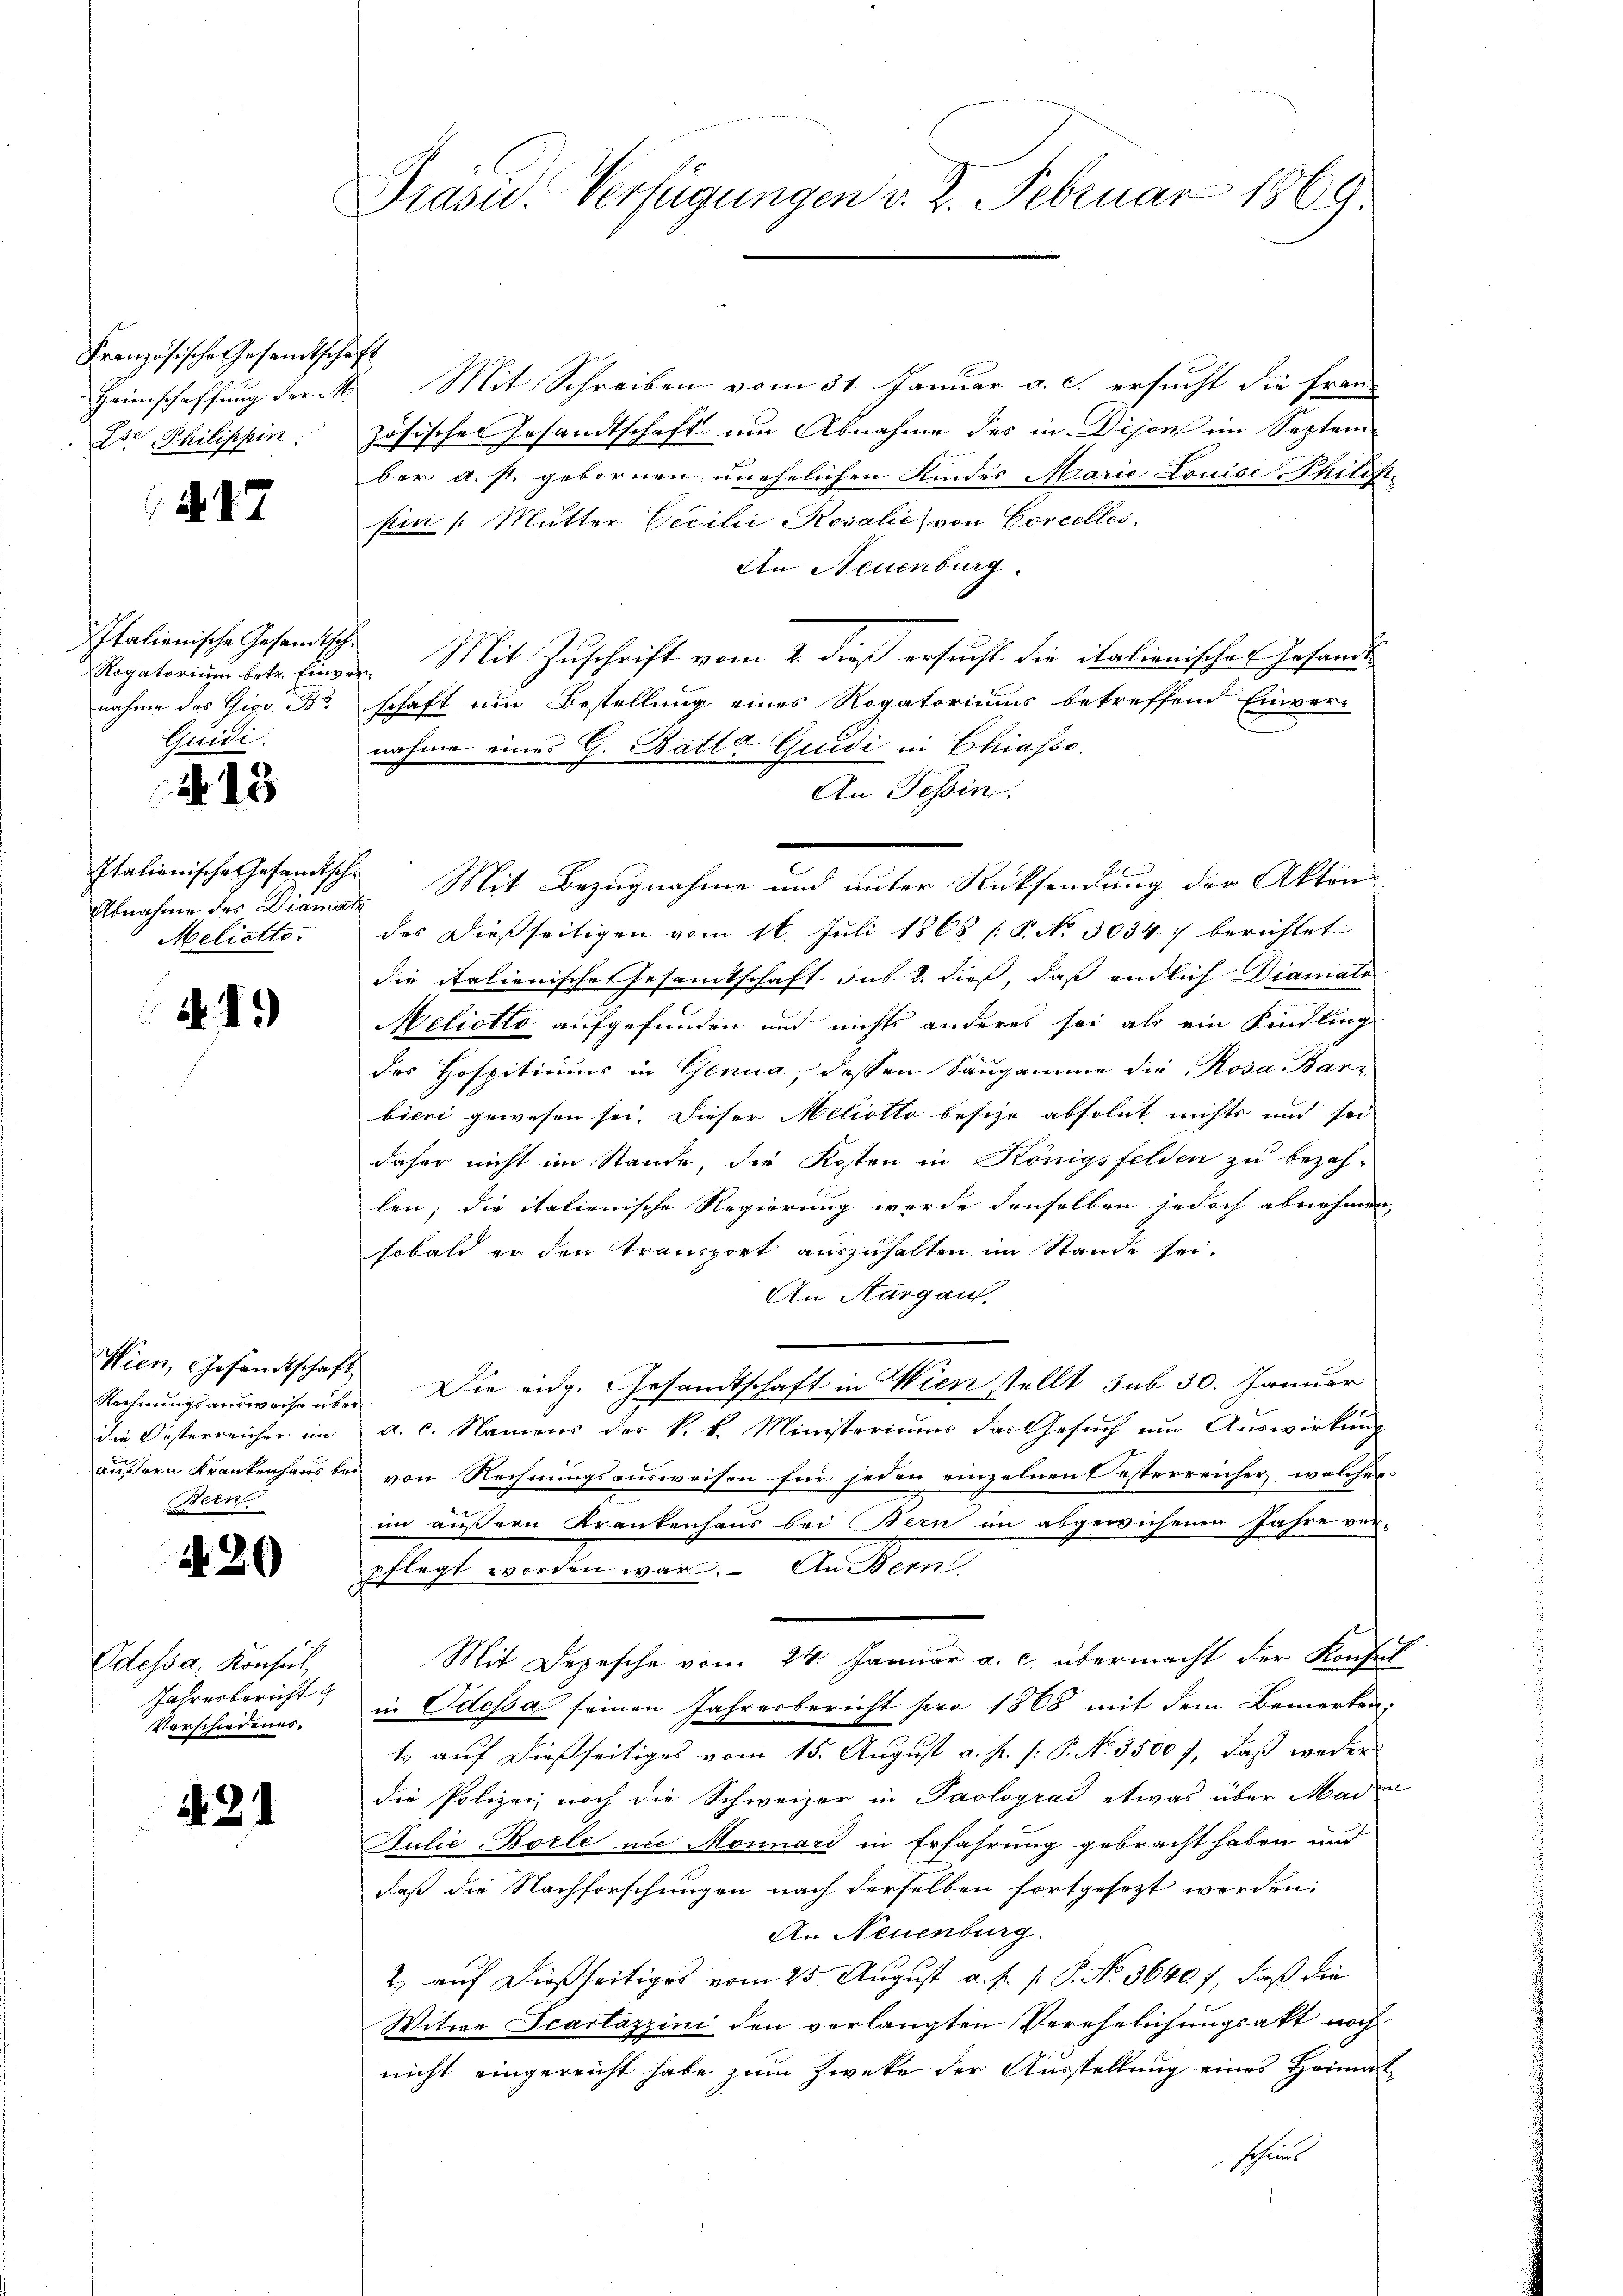
Französische Gesandtschaft

d. 27

Italienische Gesandtsche
nahme des Gior.
Quidi.

13

Abnahme des Diamat
Meliotts.

1.)

Wien, Gesandtschaft
die Oesterreicher im
Bern

N 20

Odessa, Konsul
Jahresbericht
Vorschiedenes,

21

Präsid.. Verfügungen v. 2. Februar 1869.

Heimschaffung der M. Mit Schreiben vom 31. Januar a. c. ersucht die Fran-
Z. Philippin. zösischen Ersandtschaft um Abnahme des in Dijon im Septem-
ber a. s. gebornen unehelichen Kinder Marie Louise Philist
sien /: Mutter Cicilie Rosalie von Corcelles,
An Neuenburg.
Rogatorium betr. Einger. Mit Zuschrift vom 2. Dieß ersucht die italienischer Instande
schaft um Bestellung eines Rogatoriums betreffend Einver-
nahme eines G. Batta Quidi in Chiasse.
An Tessin,
Italienische Gesandtsche Mit Bezugnahme und unter Rücksendung der Akten
des dießseitigen vom 16. Juli 1868 / P. No. 3034. / berichtet
die italienisches Gesamtschaft sub 2. dieß, daß endlich Diamato
Meliotto aufgefunden und nichts anderes sei als ein Kindling
des Hospitiums in Genua, dessen Säugamme die Rosa Barbieri gewesen sei. Dieser Meliotto besche absolut nichts und sei
daher nicht im Stande, die Kosten in Königsfelden zu bezah-
len; die italienische Regierung werde denselben jedoch abnehmen,
sobald er den Transport auszuhalten im Stande sei.
An Aargau.
Rechnŭngsausweise über Die eidg. Gesandtschaft in Wien stellt sub 30. Januar
a. c. Namens des k. k. Ministeriums das Gesuch um Auswirkung
außern Krankenhaus bei von Rechnungsausweisen für jeden einzelnen testerreicher, welcher
im äußern Krankenhaus bei Bern im abgewiesenen Jahre ver-
pflegt worden war. An Bern
Mit Depesche vom 24. Januar a. c. übermacht der Konfel
in Odessa seinen Jahresbericht pro 1868 mit dem Bemerken:
t. auf dießseitiges vom 15. August v. J. (: P. No. 3500, daß weder
die Polizei, noch die Schweizer in Paolograd etwas über Made
Julie Borle in Monnard in Erfahrung gebracht haben und
daß die Nachforschungen nach derselben fortgesezt werden.
An Neuenburg.
2) auf dießseitiges vom 25. August a. f. P. P. No. 36497, daß die
Witwe Scartazzini den verlangten Verehelichungsakt noch
nicht eingereicht habe zum Zweke der Ausstellung eines Heimat
schaus